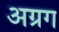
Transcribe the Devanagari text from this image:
अग्रग